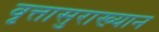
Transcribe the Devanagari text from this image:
वृत्तासुराख्यान